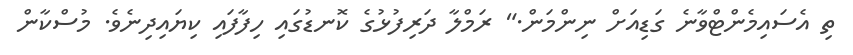
ތި އެސައިމެންޓްވާނެ ގަޑިއަށް ނިންމަން." ރަމްލާ ދަރިފުޅުގެ ކޮނޑުގައި ހިފާފައި ކިޔައިދިނެވެ. މުސްކާން